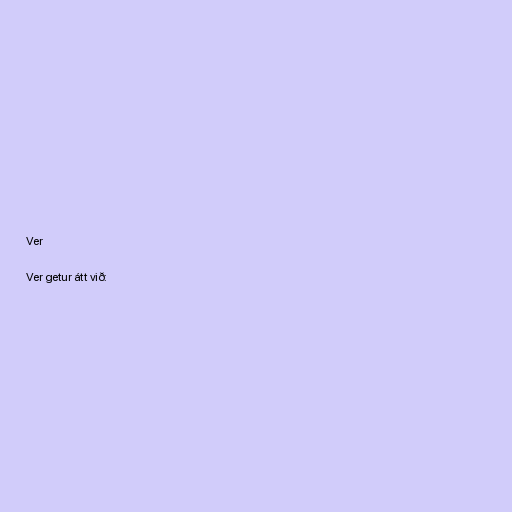
Ver

Ver getur átt við: